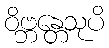
ဝိဗ္ဘန္တေသုပိ